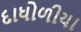
દાધોળીયા